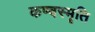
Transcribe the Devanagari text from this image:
कण्वस्मृति